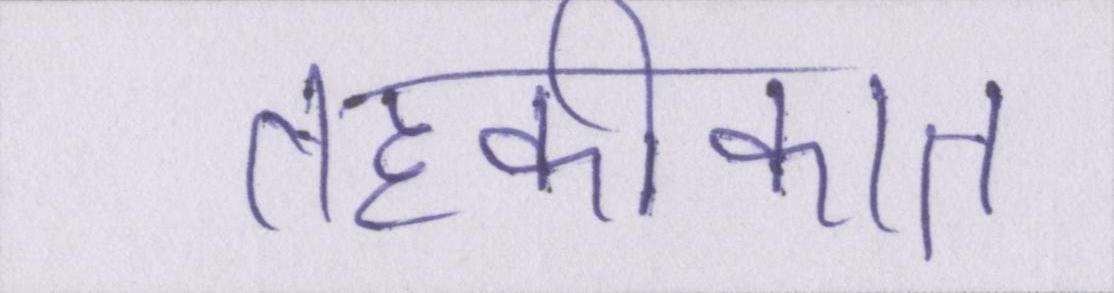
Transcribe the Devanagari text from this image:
तहकीकात